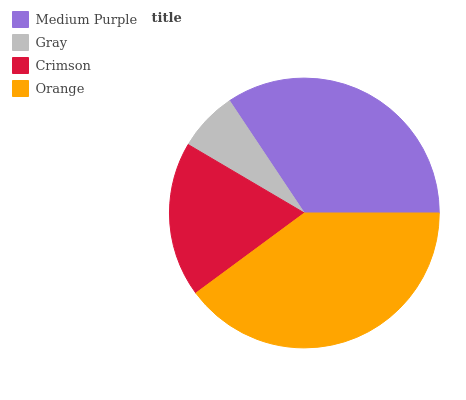
| Medium Purple | Gray | Crimson | Orange |
 | --- | --- | --- | --- |
 | 34.3% | 7.17% | 18.6% | 39.9% |